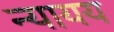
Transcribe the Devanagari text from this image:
न्यायय